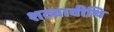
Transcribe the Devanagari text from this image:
शट्यावीथि